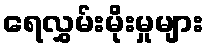
ရေလွှမ်းမိုးမှုများ